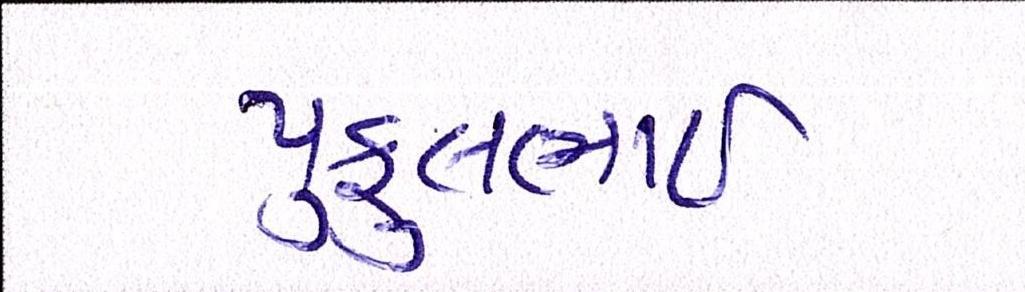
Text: પ્રફુલભાઈ